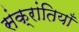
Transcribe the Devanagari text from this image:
संक्रांतियाँ